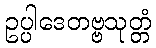
ဥပ္ပါဒေတဗ္ဗသုတ္တံ